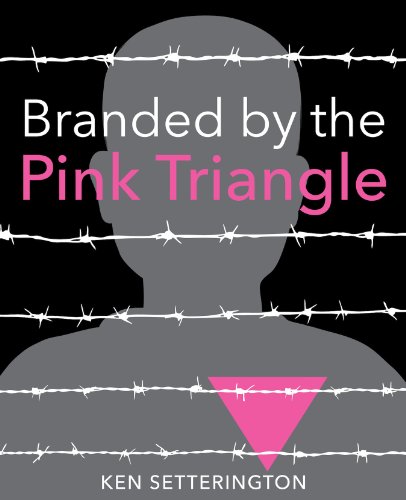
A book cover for Branded by the Pink Triangle; Ken Setterington; Teen & Young Adult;